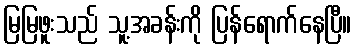
မြမြဖူးသည် သူ့အခန်းကို ပြန်ရောက်နေပြီ။